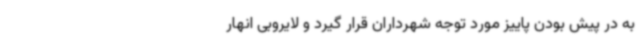
به در پیش بودن پاییز مورد توجه شهرداران قرار گیرد و لایروبی انهار